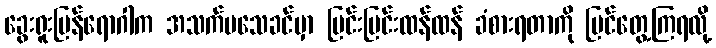
ခွေးရူးပြန်ရောဂါက အသက်မသေခင်မှာ ပြင်းပြင်းထန်ထန် ခံစားရတာကို မြင်တွေ့ကြရလို့